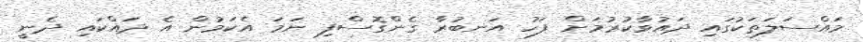
މައްސަލަތަކުގައި ދައުވާކުރުމަށް ފަހު އަނބުރާ ގެންގޮސްފި ނަމަ އެކަމުން އެ ދައްކައި ދެނީ